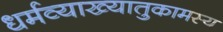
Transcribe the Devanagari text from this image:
धर्मव्याख्यातुकामस्य